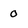
Character: 0